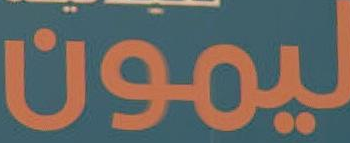
ليمون